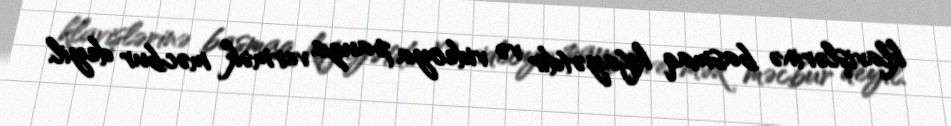
klavişlərinə basmaq kifayətdir və videoya pauza vermək məcbur deyil.